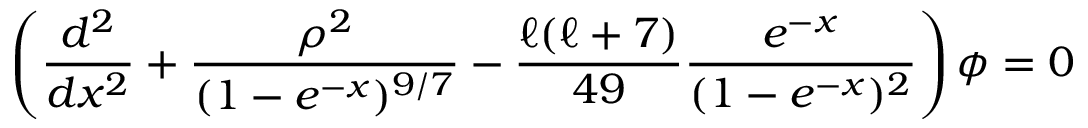
\left( { \frac { d ^ { 2 } } { d x ^ { 2 } } } + { \frac { \rho ^ { 2 } } { ( 1 - e ^ { - x } ) ^ { 9 / 7 } } } - { \frac { \ell ( \ell + 7 ) } { 4 9 } } { \frac { e ^ { - x } } { ( 1 - e ^ { - x } ) ^ { 2 } } } \right) \phi = 0